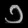
Digit: ၁